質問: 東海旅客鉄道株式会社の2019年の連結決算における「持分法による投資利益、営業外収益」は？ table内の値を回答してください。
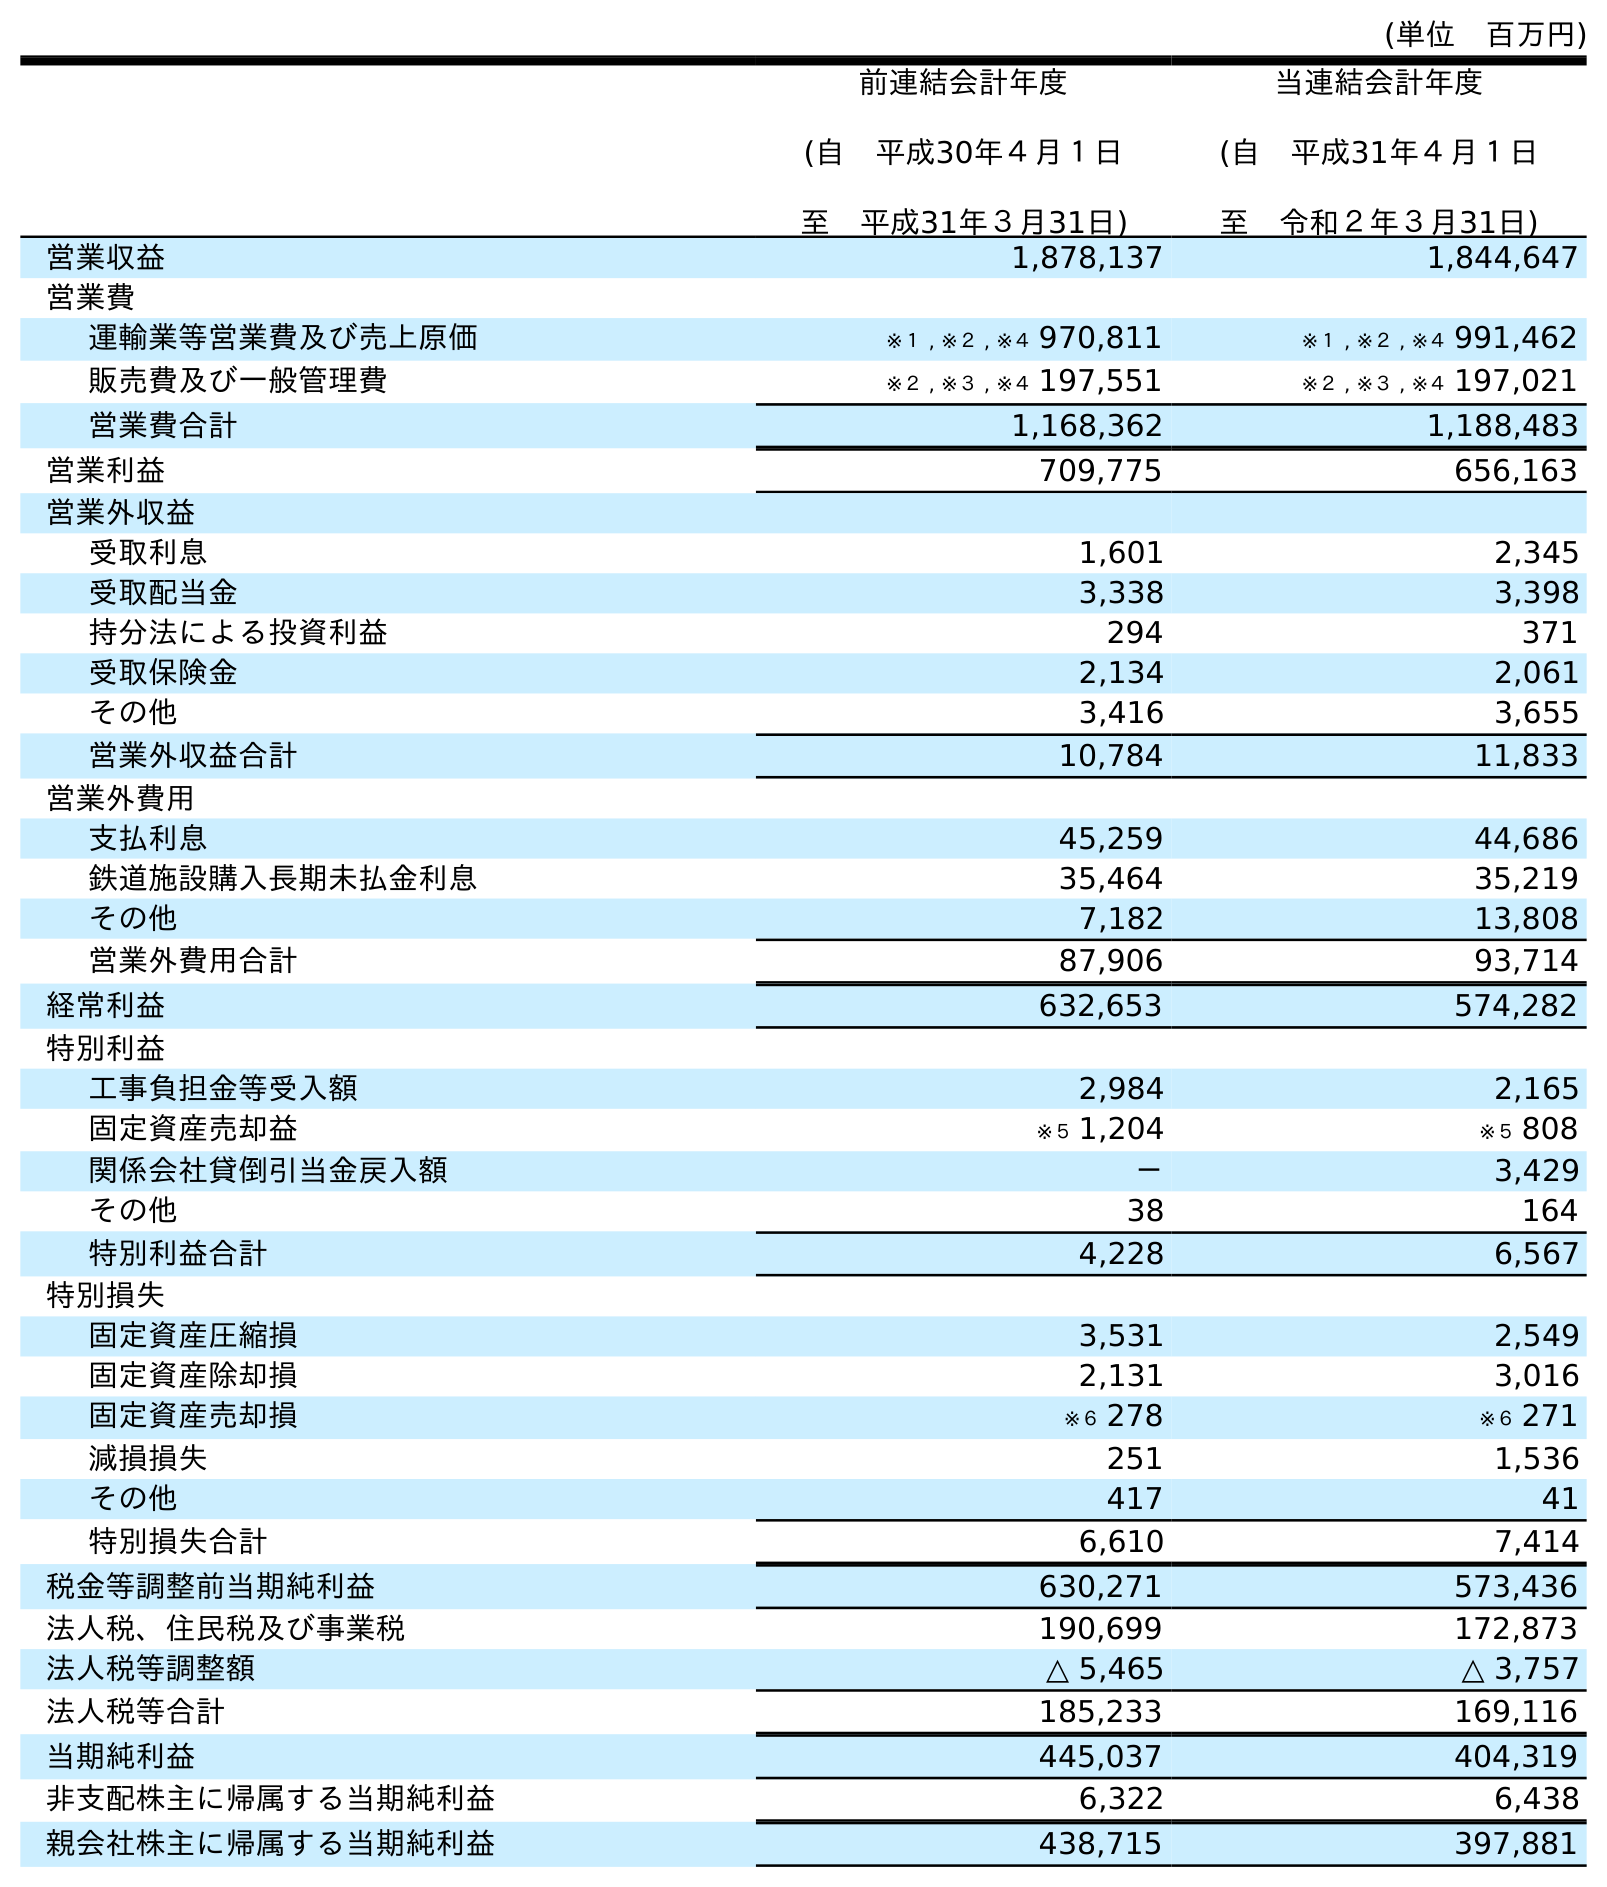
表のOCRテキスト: (単位 百万円) 前連結会計年度 (自 平成30年４月１日 至 平成31年３月31日) 当連結会計年度 (自 平成31年４月１日 至 令和２年３月31日) 営業収益 1,878,137 1,844,647 営業費 運輸業等営業費及び売上原価 ※１ , ※２ , ※４ 970,811 ※１ , ※２ , ※４ 991,462 販売費及び一般管理費 ※２ , ※３ , ※４ 197,551 ※２ , ※３ , ※４ 197,021 営業費合計 1,168,362 1,188,483 営業利益 709,775 656,163 営業外収益 受取利息 1,601 2,345 受取配当金 3,338 3,398 持分法による投資利益 294 371 受取保険金 2,134 2,061 その他 3,416 3,655 営業外収益合計 10,784 11,833 営業外費用 支払利息 45,259 44,686 鉄道施設購入長期未払金利息 35,464 35,219 その他 7,182 13,808 営業外費用合計 87,906 93,714 経常利益 632,653 574,282 特別利益 工事負担金等受入額 2,984 2,165 固定資産売却益 ※５ 1,204 ※５ 808 関係会社貸倒引当金戻入額 － 3,429 その他 38 164 特別利益合計 4,228 6,567 特別損失 固定資産圧縮損 3,531 2,549 固定資産除却損 2,131 3,016 固定資産売却損 ※６ 278 ※６ 271 減損損失 251 1,536 その他 417 41 特別損失合計 6,610 7,414 税金等調整前当期純利益 630,271 573,436 法人税、住民税及び事業税 190,699 172,873 法人税等調整額 △ 5,465 △ 3,757 法人税等合計 185,233 169,116 当期純利益 445,037 404,319 非支配株主に帰属する当期純利益 6,322 6,438 親会社株主に帰属する当期純利益 438,715 397,881
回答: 294